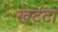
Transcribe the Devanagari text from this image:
खटटा